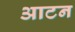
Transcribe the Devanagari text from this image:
आटन